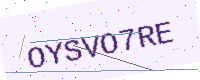
Text: OYSVO7RE